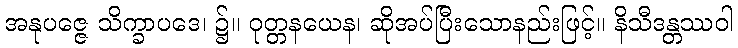
အနုပဇ္ဇေ သိက္ခာပဒေ၊ ၌။ ဝုတ္တနယေန၊ ဆိုအပ်ပြီးသောနည်းဖြင့်။ နိသီဒန္တဿဝါ